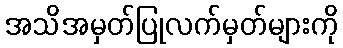
အသိအမှတ်ပြုလက်မှတ်များကို